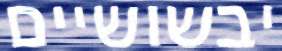
יבשושיים